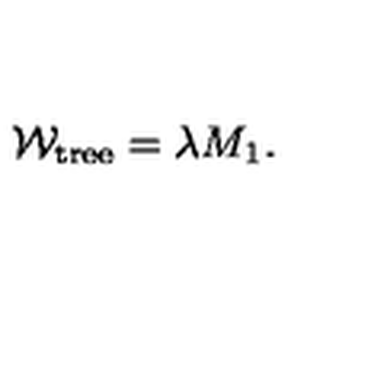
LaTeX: { \cal W } _ { \mathrm { t r e e } } = \lambda M _ { 1 } .